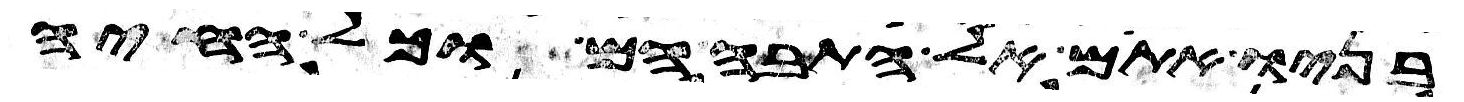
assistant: בניו אתם אל התבה הם וכל החיה